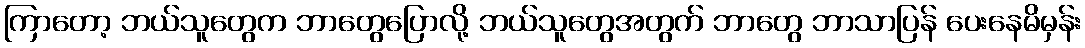
ကြာတော့ ဘယ်သူတွေက ဘာတွေပြောလို့ ဘယ်သူတွေအတွက် ဘာတွေ ဘာသာပြန် ပေးနေမိမှန်း